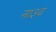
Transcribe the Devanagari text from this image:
ना३व